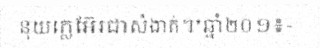
នុយក្លេអ៊ែរជាសំងាត់។*ឆ្នាំ២០១៖-